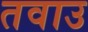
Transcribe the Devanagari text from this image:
तवाउ